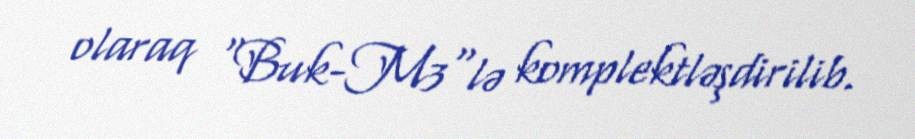
olaraq "Buk-M3"lə komplektləşdirilib.